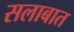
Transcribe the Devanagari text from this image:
सलाबात